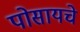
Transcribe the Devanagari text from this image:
पोसायचे